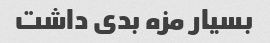
بسیار مزه بدی داشت